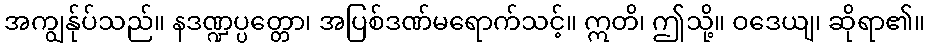
အကျွန်ုပ်သည်။ နဒဏ္ဍပ္ပတ္တော၊ အပြစ်ဒဏ်မရောက်သင့်။ ဣတိ၊ ဤသို့။ ဝဒေယျ၊ ဆိုရာ၏။